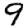
Digit: 9